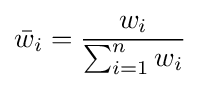
{\bar {w}}_{i}={\frac {w_{i}}{\sum _{i=1}^{n}{w_{i}}}}